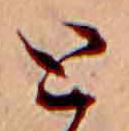
と